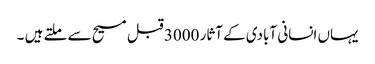
یہاں انسانی آبادی کے آثار 3000 قبل مسیح سے ملتے ہیں ۔